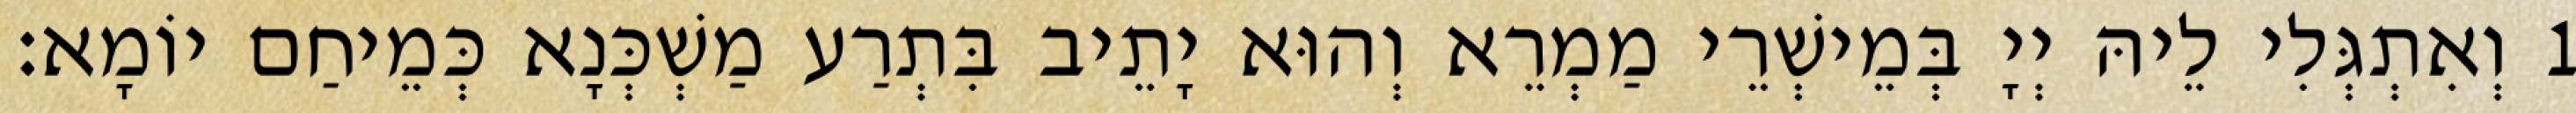
1 וְאִתְגְּלִי לֵיהּ יְיָ בְּמֵישְׁרֵי מַמְרֵא וְהוּא יָתֵיב בִּתְרַע מַשְׁכְּנָא כְּמֵיחַם יוֹמָא׃